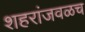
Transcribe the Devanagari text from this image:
शहरांजवळच